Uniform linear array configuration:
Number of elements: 4
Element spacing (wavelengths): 1
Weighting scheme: blackman
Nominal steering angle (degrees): -30
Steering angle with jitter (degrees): -29.82
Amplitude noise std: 0.05
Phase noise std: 0.05

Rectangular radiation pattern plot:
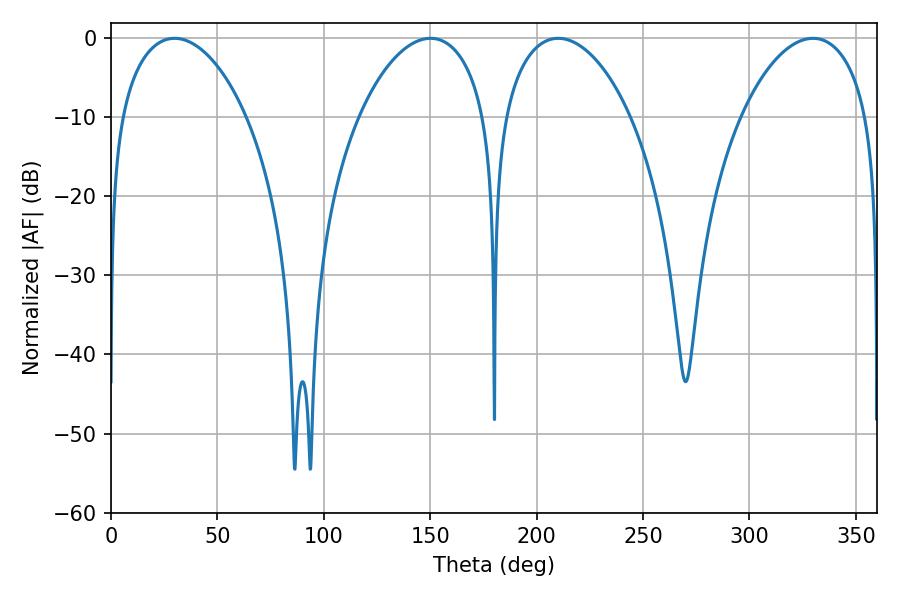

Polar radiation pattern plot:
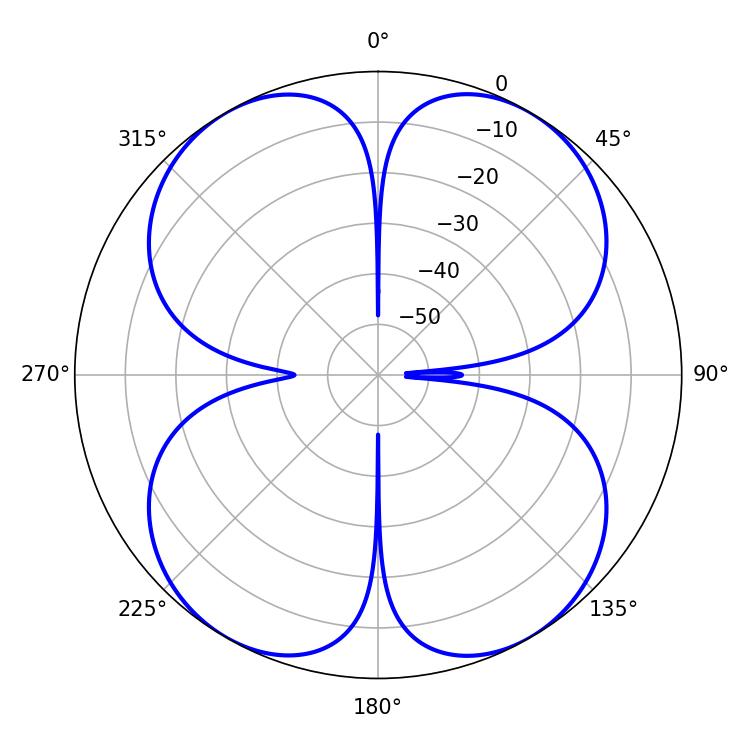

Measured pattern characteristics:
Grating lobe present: TRUE
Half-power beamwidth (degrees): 33.84
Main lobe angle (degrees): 29.88